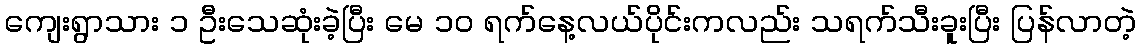
ကျေးရွာသား ၁ ဦးသေဆုံးခဲ့ပြီး မေ ၁၀ ရက်နေ့လယ်ပိုင်းကလည်း သရက်သီးခူးပြီး ပြန်လာတဲ့